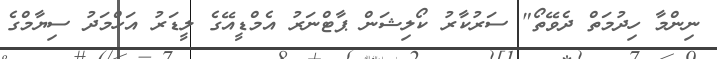
ނިންމާ ހިދުމަތް ދެވޭތޯ" ސަރުކާރު ކޯލިޝަން ޕާޓްނަރު އެމްޑީއޭގެ ލީޑަރު އަހްމަދު ސިޔާމްގެ